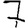
Digit: 7